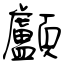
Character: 顱